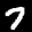
Label: 7